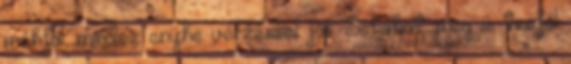
méhfal, mindez enyhe vérzéssel jár. Sokakat meg is tréfál